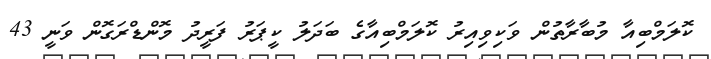
ކޮލަމްބިއާ މުބާރާތުން ވަކިވިއިރު ކޮލަމްބިއާގެ ބަދަލު ކީޕަރު ފަރީދު މޮންޑްރަގޮން ވަނީ 43